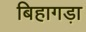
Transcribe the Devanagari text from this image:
बिहागड़ा